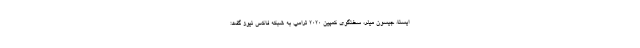
ایسنا، جیسون میلر، سخنگوی کمپین ۲۰۲۰ ترامپ به شبکه فاکس نیوز گفت: